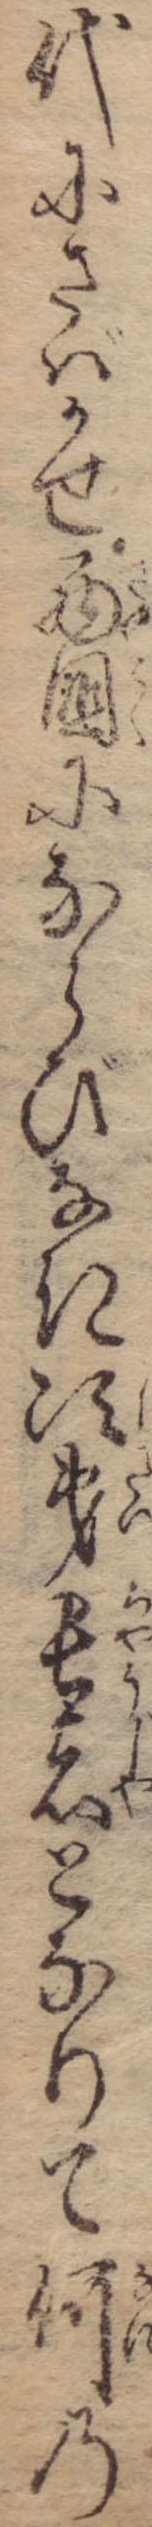
代にさばかせ西国にならびなき次第長者となりて何の